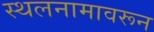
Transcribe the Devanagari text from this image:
स्थलनामावरून